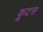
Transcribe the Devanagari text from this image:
कूटस